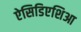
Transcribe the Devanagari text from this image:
ऐसिडिएशिआ